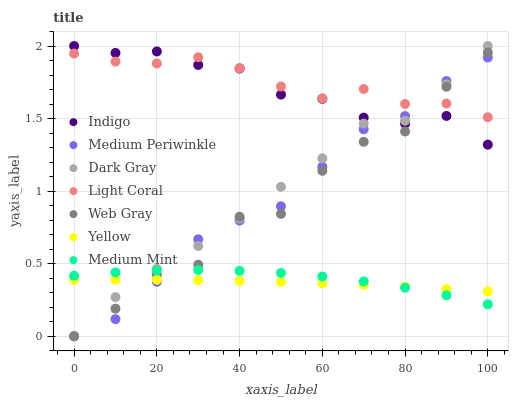
| xaxis_label | Indigo | Medium Periwinkle | Dark Gray | Light Coral | Web Gray | Yellow | Medium Mint |
 | --- | --- | --- | --- | --- | --- | --- | --- |
 | 0 | 2 | 0 | 0 | 1.95 | 0 | 0.389 | 0.417 |
 | 10 | 1.95 | 0.118 | 0.27 | 1.89 | 0.19 | 0.39 | 0.44 |
 | 20 | 1.96 | 0.375 | 0.464 | 1.88 | 0.424 | 0.389 | 0.453 |
 | 30 | 1.87 | 0.668 | 0.622 | 1.92 | 0.493 | 0.386 | 0.456 |
 | 40 | 1.84 | 0.797 | 0.811 | 1.85 | 0.824 | 0.381 | 0.451 |
 | 50 | 1.67 | 0.896 | 1.03 | 1.72 | 0.843 | 0.374 | 0.436 |
 | 60 | 1.64 | 1.17 | 1.23 | 1.64 | 1.14 | 0.365 | 0.411 |
 | 70 | 1.51 | 1.43 | 1.46 | 1.7 | 1.34 | 0.354 | 0.378 |
 | 80 | 1.47 | 1.52 | 1.49 | 1.6 | 1.41 | 0.341 | 0.335 |
 | 90 | 1.52 | 1.76 | 1.74 | 1.6 | 1.72 | 0.326 | 0.282 |
 | 100 | 1.32 | 1.92 | 2 | 1.51 | 1.95 | 0.309 | 0.22 |